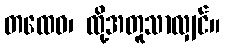
တထေဝ၊ ထို့အတူသာလျှင်။